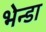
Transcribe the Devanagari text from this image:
भेन्डा